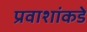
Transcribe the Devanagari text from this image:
प्रवाशांकडे